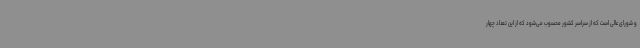
و شورای عالی است که از سراسر کشور محسوب می‌شود که از این تعداد چهار